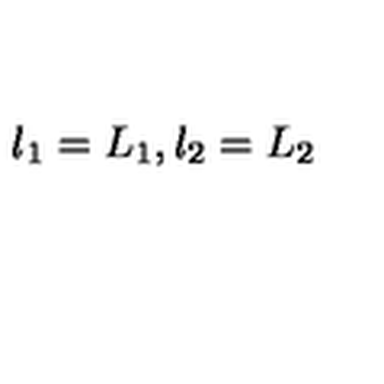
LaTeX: l _ { 1 } = L _ { 1 } , l _ { 2 } = L _ { 2 }